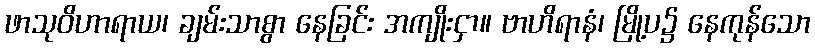
ဖာသုဝိဟာရာယ၊ ချမ်းသာစွာ နေခြင်း အကျိုးငှာ။ ဗာဟိရာနံ၊ မြို့ပ၌ နေကုန်သော